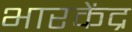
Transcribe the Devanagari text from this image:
भारकेंद्र